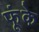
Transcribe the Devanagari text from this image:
फूंके